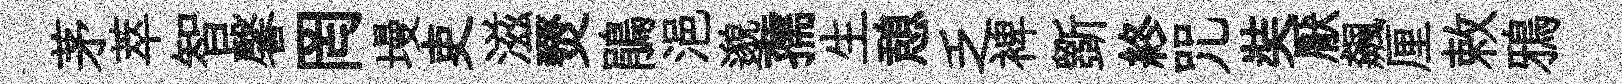
茅萃智馨罔墁吏滋燹鵑浥邈孺生憩乏裨斵終咒奘厭飆厘敕鴉